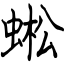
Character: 蜙